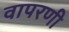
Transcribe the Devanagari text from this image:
वापरणी